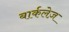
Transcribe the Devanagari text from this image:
बार्कलेज़